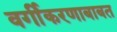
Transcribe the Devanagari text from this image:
वर्गीकरणाबाबत